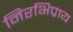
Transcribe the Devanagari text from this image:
निरभिप्राय